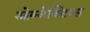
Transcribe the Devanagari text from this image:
ओब्जेक्टिव्स